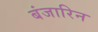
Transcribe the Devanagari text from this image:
बंजारिन